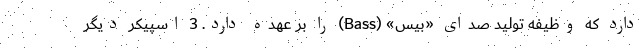
دارد که وظیفه تولید صدای «بیس» (Bass) را بر عهده دارد. 3 اسپیکر دیگر